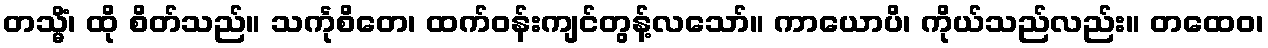
တသ္မိံ၊ ထို စိတ်သည်။ သင်္ကုစိတေ၊ ထက်ဝန်းကျင်တွန့်လသော်။ ကာယောပိ၊ ကိုယ်သည်လည်း။ တထေဝ၊